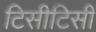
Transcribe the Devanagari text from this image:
टिसीटिसी